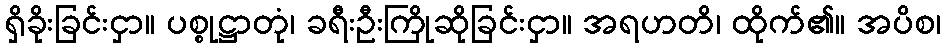
ရှိခိုးခြင်းငှာ။ ပစ္စုဋ္ဌာတုံ၊ ခရီးဦးကြိုဆိုခြင်းငှာ။ အရဟတိ၊ ထိုက်၏။ အပိစ၊